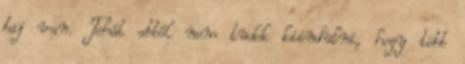
baj van. Tehát abból nem tudok kiindulni, hogy több